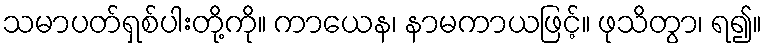
သမာပတ်ရှစ်ပါးတို့ကို။ ကာယေန၊ နာမကာယဖြင့်။ ဖုသိတွာ၊ ရ၍။